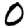
Digit: 0